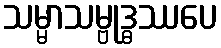
သမ္မာသမ္ဗုဒ္ဓဿပေ